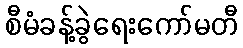
စီမံခန့်ခွဲရေးကော်မတီ